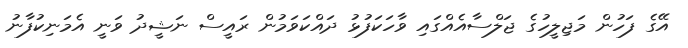
އޭގެ ފަހުން މަޖިލީހުގެ ޖަލްސާއެއްގައި ވާހަކަފުޅު ދައްކަވަމުން ރައީސް ނަޝީދު ވަނީ އެމަނިކުފާނު